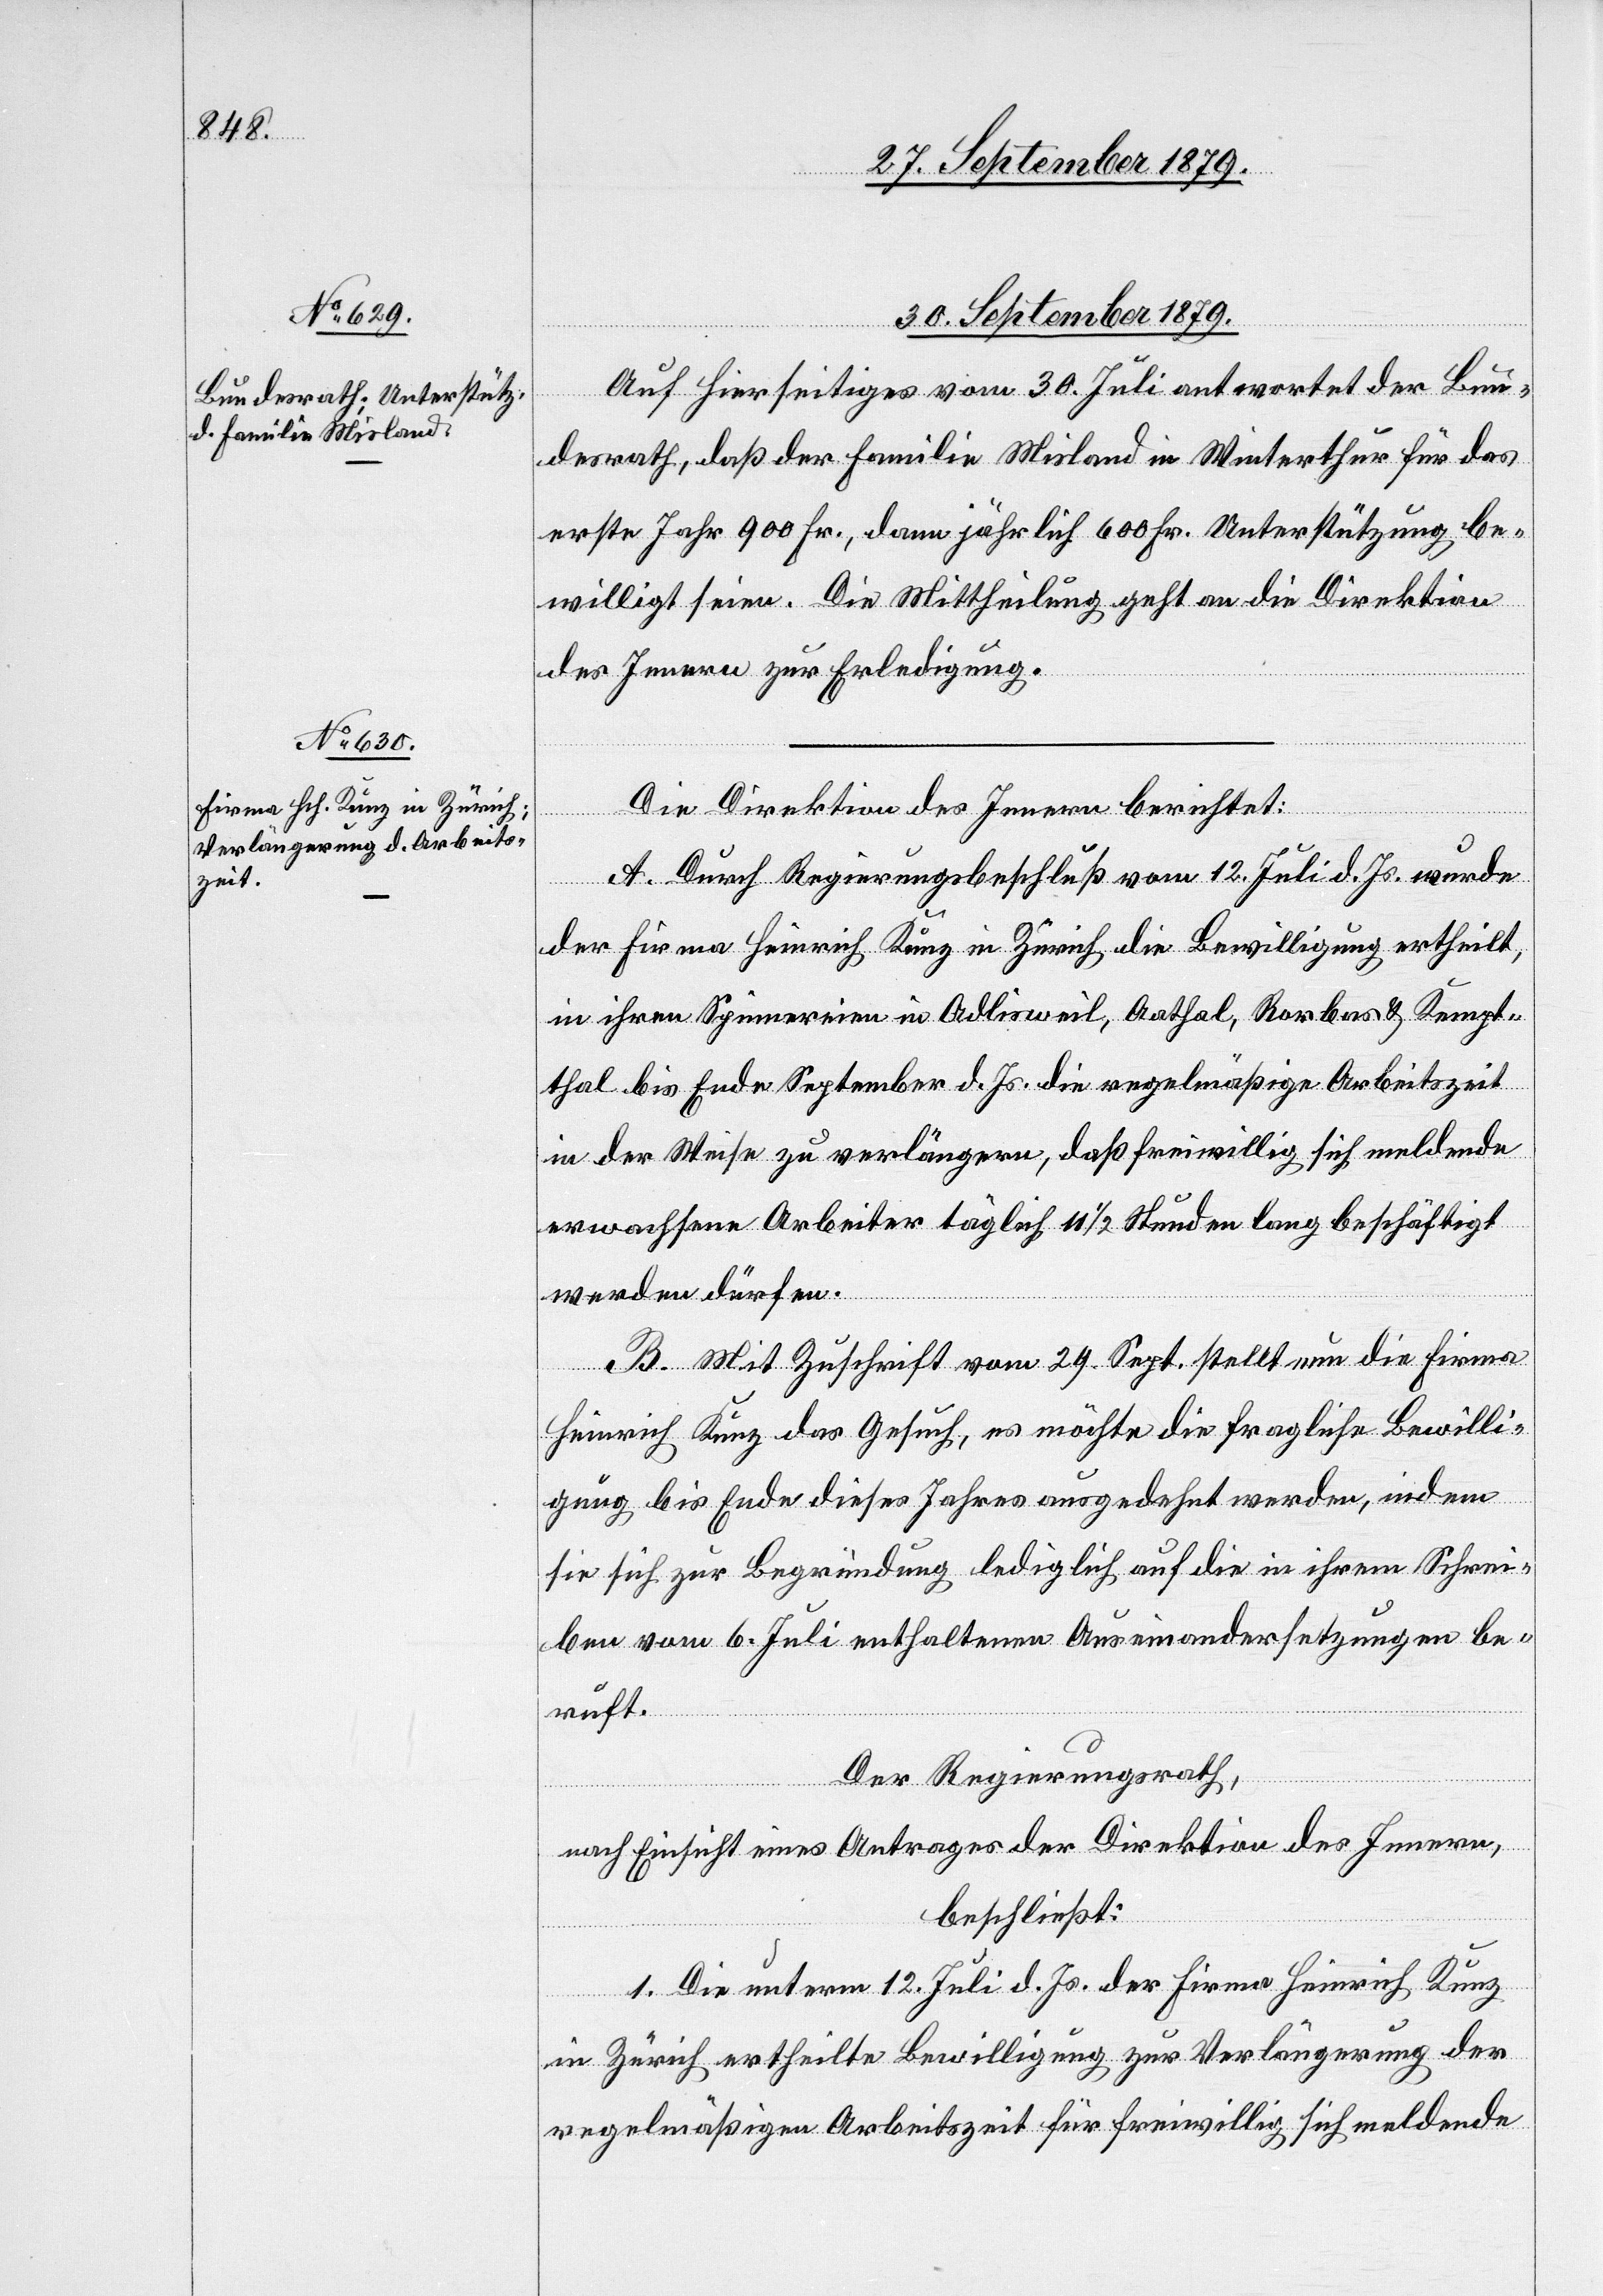
30. September 1879.]
Auf Hierseitiges vom 30. Juli antwortet der Bun¬
desrath, daß der Familie Wisland in Winterthur für das
erste Jahr 900 Fr., dann jährlich 600 Fr. Unterstützung be¬
willigt seien. Die Mittheilung geht an die Direktion
des Innern zur Erledigung.
Die Direktion des Innern berichtet:
A. Durch Regierungsbeschluß vom 12. Juli d. Js. wurde
der Firma Heinrich Kunz in Zürich die Bewilligung ertheilt,
in ihren Spinnereien in Adlisweil, Aathal, Rorbas & Kempt¬
thal bis Ende September d. Js. die regelmäßige Arbeitszeit
in der Weise zu verlängern, daß freiwillig sich meldende
erwachsene Arbeiter täglich 11 1/2 Stunden lang beschäftigt
werden dürfen.
B. Mit Zuschrift vom 24. Sept. stellt nun die Firma
Heinrich Kunz das Gesuch, es möchte die fragliche Bewilli¬
gung bis Ende dieses Jahres ausgedehnt werden, indem
sie sich zur Begründung lediglich auf die in ihrem Schrei¬
ben vom 6. Juli enthaltenen Auseinandersetzungen be¬
ruft.
Der Regierungsrath,
nach Einsicht eines Antrages der Direktion des Innern,
beschließt:
1. Die unterm 12. Juli d. Js. der Firma Heinrich Kunz
in Zürich ertheilte Bewilligung zur Verlängerung der
regelmäßigen Arbeitszeit für freiwillig sich meldende